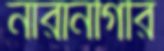
নারানগিরি